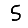
Digit: 5